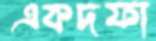
একদফা